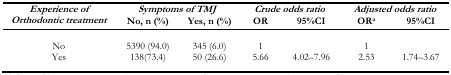
<table><thead><tr><td rowspan="2"><b><i>Experience of Orthodontic treatment</i></b></td><td colspan="2"><b><i>Symptoms of TMJ</i></b></td><td colspan="2"><b><i>Crude odds ratio</i></b></td><td colspan="2"><b><i>Adjusted odds ratio</i></b></td></tr><tr><td><b>No, n (%)</b></td><td><b>Yes, n (%)</b></td><td><b>OR</b></td><td><b>95%CI</b></td><td><b>OR<sup>a</sup></b></td><td><b>95%CI</b></td></tr></thead><tbody><tr><td>No</td><td>5390 (94.0)</td><td>345 (6.0)</td><td>1</td><td></td><td>1</td><td></td></tr><tr><td>Yes</td><td>138(73.4)</td><td>50 (26.6)</td><td>5.66</td><td>4.02–7.96</td><td>2.53</td><td>1.74–3.67</td></tr></tbody></table>